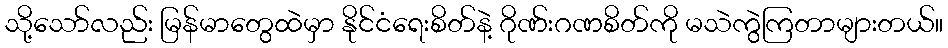
သို့သော်လည်း မြန်မာတွေထဲမှာ နိုင်ငံရေးစိတ်နဲ့ ဂိုဏ်းဂဏစိတ်ကို မသဲကွဲကြတာများတယ်။